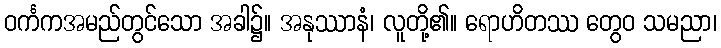
ဝင်္ကကအမည်တွင်သော အခါ၌။ အနုဿာနံ၊ လူတို့၏။ ရောဟိတဿ တွေဝ သမညာ၊